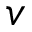
v